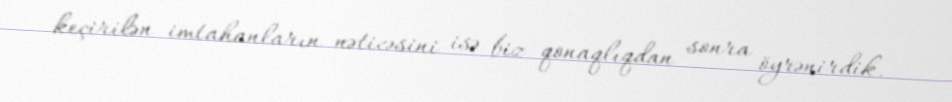
keçirilən imtahanların nəticəsini isə biz qonaqlıqdan sonra öyrənirdik.